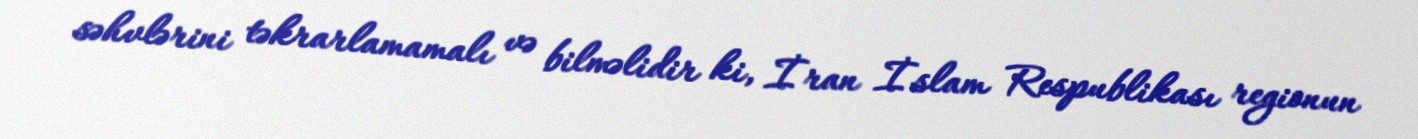
səhvlərini təkrarlamamalı və bilməlidir ki, İran İslam Respublikası regionun